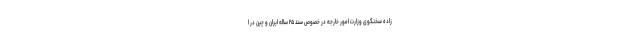
زاده سخنگوی وزارت امور خارجه در خصوص سند ۲۵ ساله ایران و چین در ا